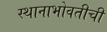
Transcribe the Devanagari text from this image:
स्थानाभोवतीची